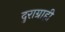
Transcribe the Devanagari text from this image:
दुराग्राही